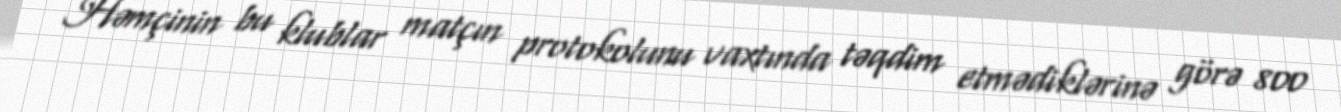
Həmçinin bu klublar matçın protokolunu vaxtında təqdim etmədiklərinə görə 800